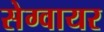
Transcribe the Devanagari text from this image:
सेग्वायर